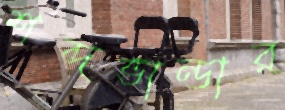
শব্দভান্ডার